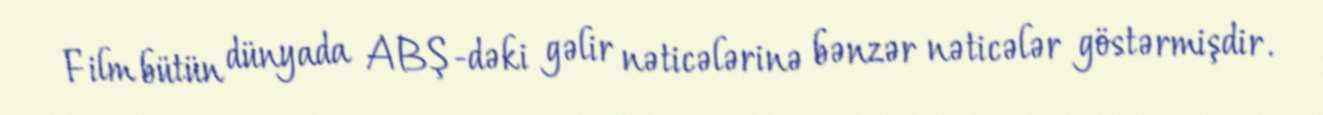
Film bütün dünyada ABŞ-dəki gəlir nəticələrinə bənzər nəticələr göstərmişdir.